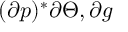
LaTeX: ( \partial p ) ^ { * } \partial \Theta , \partial g